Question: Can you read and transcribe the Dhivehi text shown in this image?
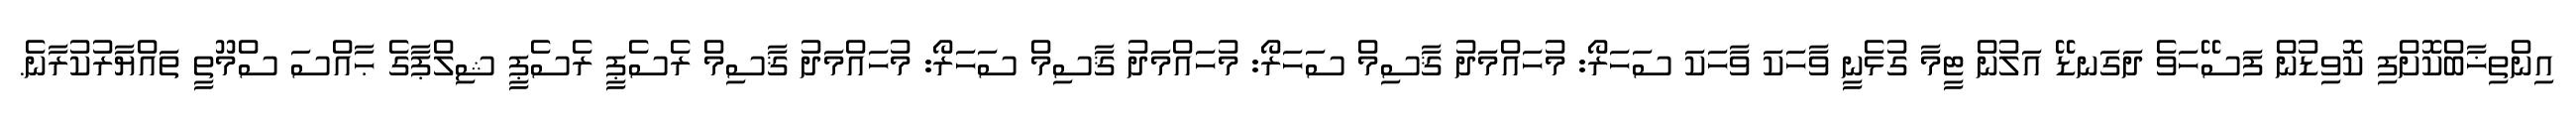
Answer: އިންތިޚާބްކޮށްފި ކޮވިޑުން ފަސޭހަވެ ދަގަނޑޭ އަލުން ޓީމާ ގުޅެނީ ވާހަކަ ވާހަކަ ސަހަރޯ: މުހައްމަދު ޤާސިމް ސަހަރޯ: މުހައްމަދު ޤާސިމް ސަހަރޯ: މުހައްމަދު ޤާސިމް ރެސެޕީ ރެސެޕީ ޝިލްޕާގެ ޙާއްސަ ސްމޫތީ ތައްޔާރުކުރާނެ.